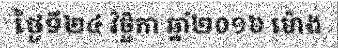
ថ្ងៃទី២៤ វិច្ឆិកា ឆ្នាំ២០១៦ ម៉ោង